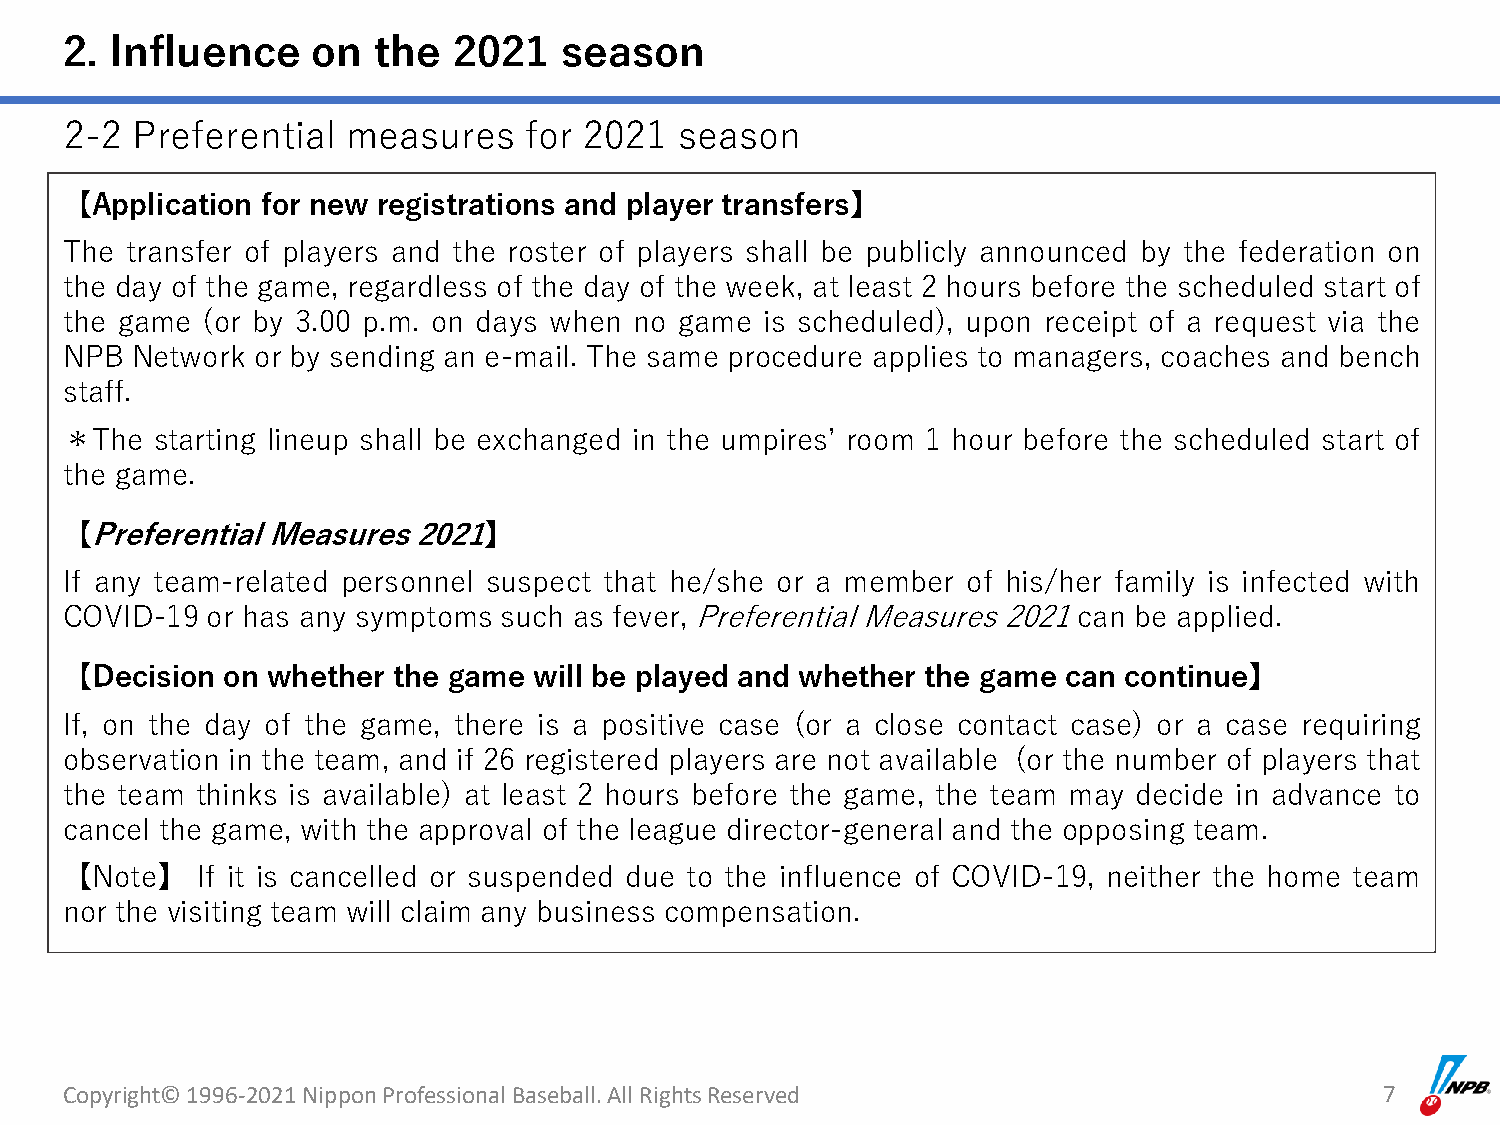
2. Influence     on  the  2021   season
 2-2  Preferential  measures    for 2021  season
 【Application for new registrations and player transfers】
 The transfer of players and the roster of players shall be publicly announced by the federation on
 the day of the game, regardless of the day of the week, at least 2 hours before the scheduled start of
 the game (or by 3.00 p.m. on days when no game is scheduled), upon receipt of a request via the
 NPB  Network or by sending an e-mail. The same procedure applies to managers, coaches and bench
 staff.
 ＊The  starting lineup shall be exchanged in the umpires’ room 1 hour before the scheduled start of
 the game.
 【PreferentialMeasures2021】
 If any team-related personnel suspect that he/she or a member of his/her family is infected with
 COVID-19  or has any symptoms such as fever, PreferentialMeasures2021can be applied.
 【Decision  on whether the game will be played and whether the game can continue】
 If, on the day of the game, there is a positive case (or a close contact case) or a case requiring
 observation in the team, and if 26 registered players are not available (or the number of players that
 the team thinks is available) at least 2 hours before the game, the team may decide in advance to
 cancel the game, with the approval of the league director-general and the opposing team.
 【Note】   If it is cancelled or suspended due to the influence of COVID-19, neither the home team
 nor the visiting team will claim any business compensation.
 Copyright© 1996-2021 Nippon Professional Baseball. All Rights Reserved                  7